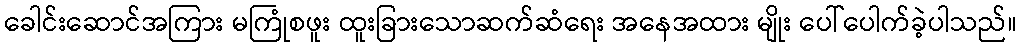
ခေါင်းဆောင်အကြား မကြုံစဖူး ထူးခြားသောဆက်ဆံရေး အနေအထား မျိုး ပေါ်ပေါက်ခဲ့ပါသည်။